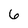
Character: 6